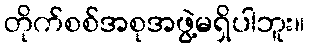
တိုက်စစ်အစုအဖွဲ့မရှိပါဘူး။